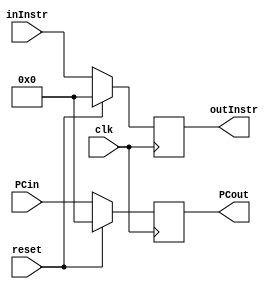
`timescale 1ns / 1ps
//////////////////////////////////////////////////////////////////////////////////
// Company: 
// Engineer: 
// 
// Design Name: 
// Module Name:    instructionFetch 
// Project Name: 
// Target Devices: 
// Tool versions: 
// Description: 
//
// Dependencies: 
//
// Revision: 
// Revision 0.01 - File Created
// Additional Comments: 
//
//////////////////////////////////////////////////////////////////////////////////
module instructionFetch(
    input clk,
	 input reset,
	 input [31:0]inInstr,
	 input [31:0]PCin,
	 output reg [31:0]outInstr,
	 output reg [31:0]PCout
    );
	 
initial begin
	PCout<=32'b0;
	outInstr<=32'b0;
end

always @(posedge clk)
begin
		if(reset==1'b1)
			begin
			outInstr<=0;
			PCout<=0;
			end
		else
			begin
			outInstr<=inInstr;
			PCout<=PCin;
			end
		end


endmodule